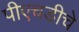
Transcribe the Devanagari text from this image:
पीएचडीचे